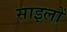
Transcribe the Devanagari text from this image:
साइलों